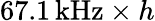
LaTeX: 67.1\, \mathrm{kHz}\times h